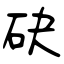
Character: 砄